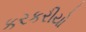
કરકરીયો